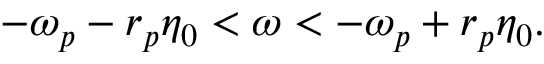
- \omega _ { p } - r _ { p } \eta _ { 0 } < \omega < - \omega _ { p } + r _ { p } \eta _ { 0 } .